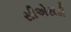
સીએસડી